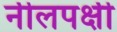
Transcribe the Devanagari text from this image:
नीलपक्षी